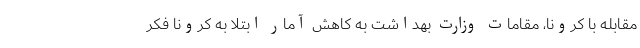
مقابله با کرونا، مقامات وزارت بهداشت به کاهش آمار ابتلا به کرونا فکر